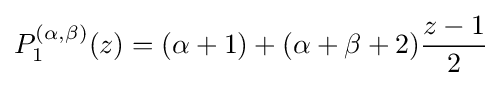
P_{1}^{(\alpha ,\beta )}(z)=(\alpha +1)+(\alpha +\beta +2){\frac {z-1}{2}}